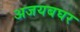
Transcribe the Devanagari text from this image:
अजयबघर